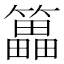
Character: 䉪